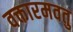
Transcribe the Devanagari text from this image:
वक्तारमवतु